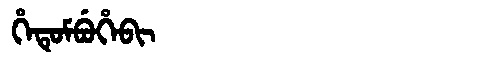
Manchu: ᡥᡝᡨᡠᠮᠪᡠᡥᡝᠪᡳ
Romanization: HETUMBUHEBI